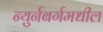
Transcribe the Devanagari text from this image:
न्युर्नबर्गमधील